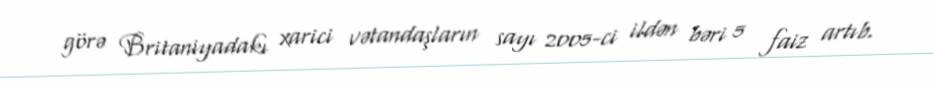
görə Britaniyadakı xarici vətandaşların sayı 2005-ci ildən bəri 5 faiz artıb.